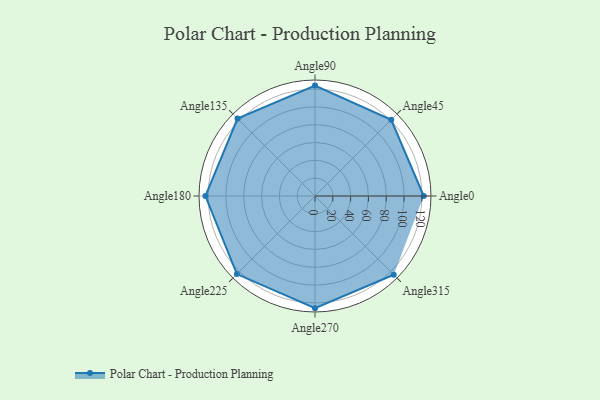
{"axis": {"x": "Angle", "y": "Radius"}, "legend": [""], "data": [{"x": "Angle0", "y": 122.0, "type": ""}, {"x": "Angle45", "y": 121.0, "type": ""}, {"x": "Angle90", "y": 124.0, "type": ""}, {"x": "Angle135", "y": 123.0, "type": ""}, {"x": "Angle180", "y": 123.0, "type": ""}, {"x": "Angle225", "y": 124.0, "type": ""}, {"x": "Angle270", "y": 126.0, "type": ""}, {"x": "Angle315", "y": 125.0, "type": ""}]}